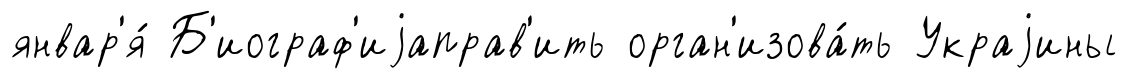
январ'я́ Б'иограф'иjаправ'ить орган'изова́ть Украjины